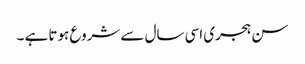
سن ہجری اسی سال سے شروع ہوتا ہے ۔